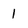
Character: 1